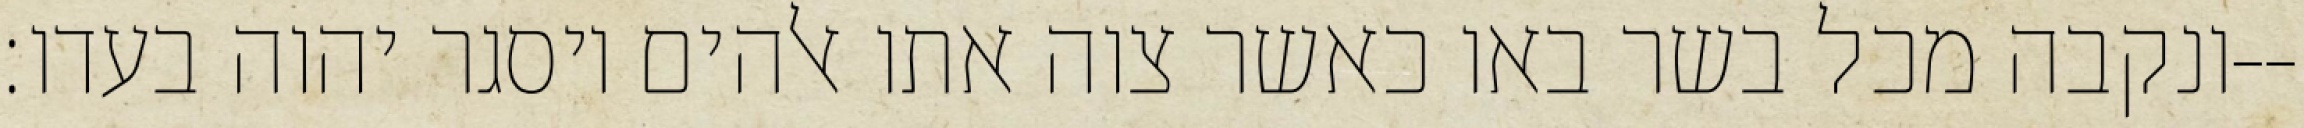
ונקבה מכל בשר באו כאשר צוה אתו אלהים ויסגר יהוה בעדו׃--